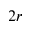
2 r